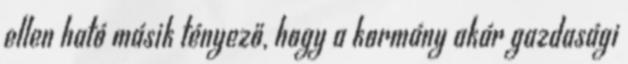
ellen ható másik tényező, hogy a kormány akár gazdasági